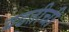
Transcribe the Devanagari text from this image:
बढतीची